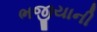
ભજીયાની